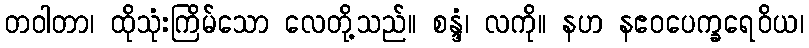
တဝါတာ၊ ထိုသုံးကြိမ်သော လေတို့သည်။ စန္ဒံ၊ လကို။ နဟ နဧဝပေက္ခရေဝိယ၊